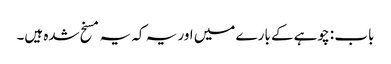
باب : چوہے کے بارے میں اور یہ کہ یہ مسخ شدہ ہیں۔